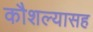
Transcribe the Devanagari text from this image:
कौशल्यासह